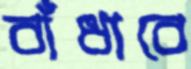
বাঁধাবে